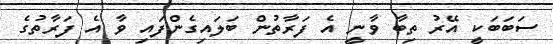
ސަބަބަކީ އޭރު ތިބާ ވާނީ އެ ފަރާތުން ބަލައިގެންފައި ވާ އެ ފަރާތުގެ